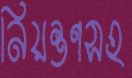
নিয়ন্ত্রণসহ